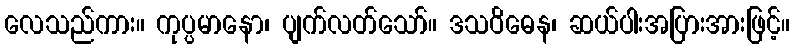
လေသည်ကား။ ကုပ္ပမာနော၊ ပျက်လတ်သော်။ ဒသဝိဓေန၊ ဆယ်ပါးအပြားအားဖြင့်။